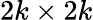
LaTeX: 2k\times 2k